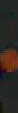
-